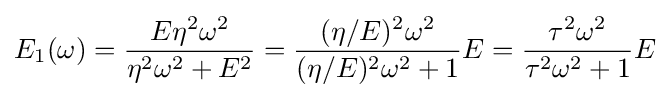
E_{1}(\omega )={\frac {E\eta ^{2}\omega ^{2}}{\eta ^{2}\omega ^{2}+E^{2}}}={\frac {(\eta /E)^{2}\omega ^{2}}{(\eta /E)^{2}\omega ^{2}+1}}E={\frac {\tau ^{2}\omega ^{2}}{\tau ^{2}\omega ^{2}+1}}E